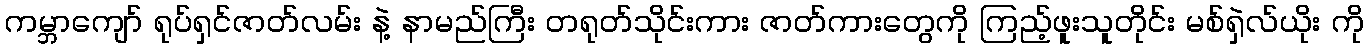
ကမ္ဘာကျော် ရုပ်ရှင်ဇာတ်လမ်း နဲ့ နာမည်ကြီး တရုတ်သိုင်းကား ဇာတ်ကားတွေကို ကြည့်ဖူးသူတိုင်း မစ်ရှဲလ်ယိုး ကို